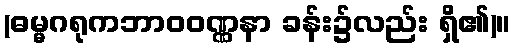
(ဓမ္မဂရုကဘာဝဝဏ္ဏနာ ခန်း၌လည်း ရှိ၏)။